Tezpur Lunatic Asylum reports 1895-1904 - 1895-1904
Year: 1895
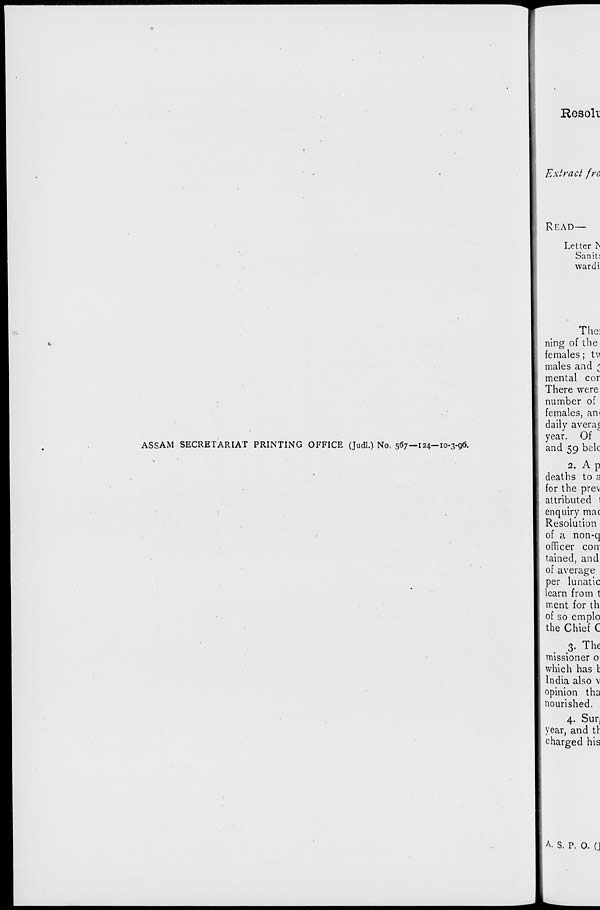
Resok
Extract f)-o
READ—
Letter IS
San it;
wardi
ASSAM SECRETARIAT PRINTING OFFICE (Judl.) No. 567—124—10-3-96.
Thei
rung of the
females; tv
males and <
mental cor
There were
number of
females, am
daily avera|
year. Of
and 59 belc
2. A p
deaths to a
for the prev
attributed 1
enquiry mac
Resolution
of a non-q
officer con
tained, and
of average
per lunatic
learn from t
ment for th
of so emplo
the Chief C
3. The
missioner o
which has t
India also x
opinion tha
nourished.
4. Sun
year, and th
charged his
A. S. p. 0. (J